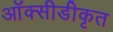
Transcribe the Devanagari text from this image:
ऑक्सीडीकृत